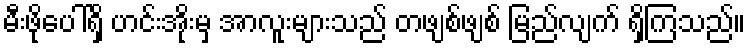
မီးဖိုပေါ်ရှိ ဟင်းအိုးမှ အာလူးများသည် တဖျစ်ဖျစ် မြည်လျက် ရှိကြသည်။